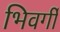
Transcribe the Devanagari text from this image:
भिवर्गी